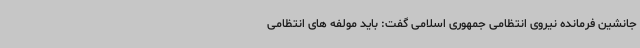
جانشین فرمانده نیروی انتظامی جمهوری اسلامی گفت: باید مولفه های انتظامی